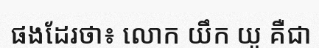
ផងដែរថា៖ លោក យឹក យូ គឺជា